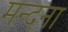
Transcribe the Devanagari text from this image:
मन्दना